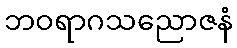
ဘဝရာဂသညောဇနံ